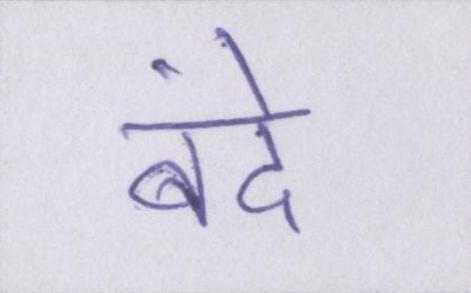
बंदे